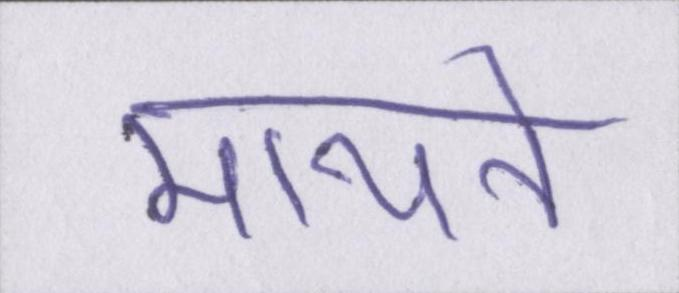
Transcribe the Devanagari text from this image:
मायने